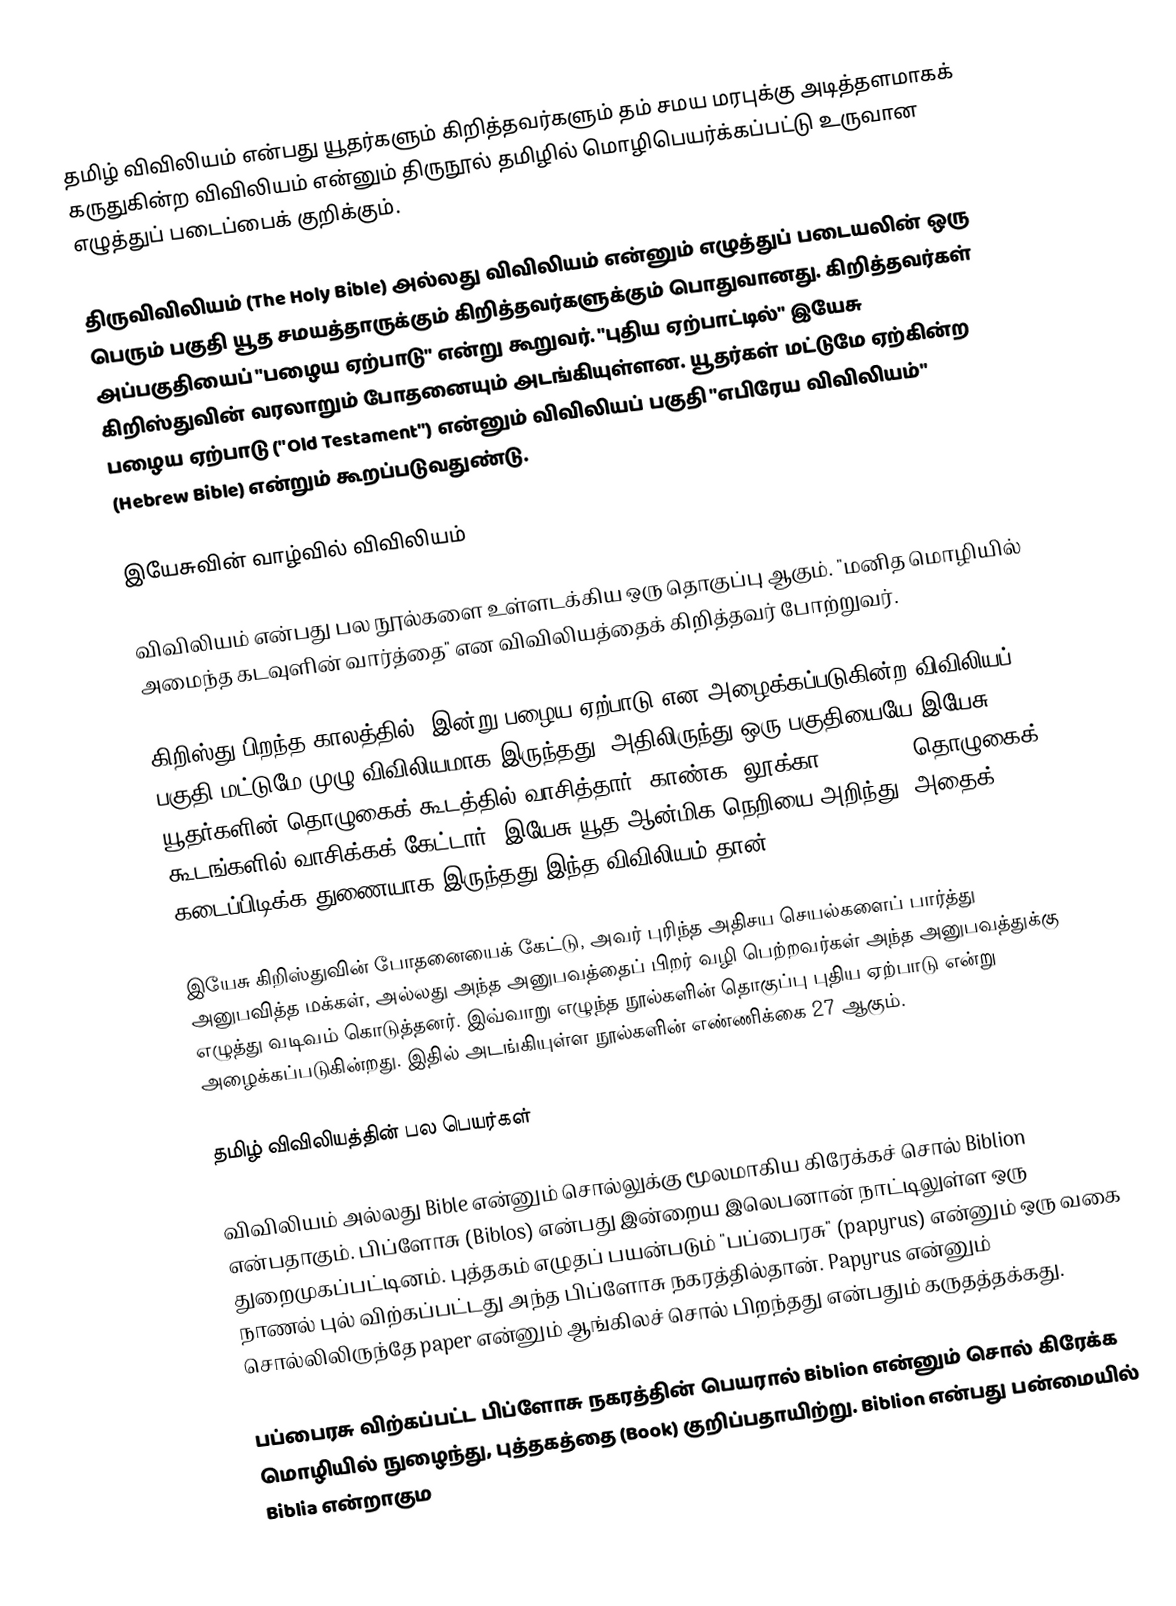
தமிழ் விவிலியம் என்பது யூதர்களும் கிறித்தவர்களும் தம் சமய மரபுக்கு அடித்தளமாகக் கருதுகின்ற விவிலியம் என்னும் திருநூல் தமிழில் மொழிபெயர்க்கப்பட்டு உருவான எழுத்துப் படைப்பைக் குறிக்கும்.

திருவிவிலியம் (The Holy Bible) அல்லது விவிலியம் என்னும் எழுத்துப் படையலின் ஒரு பெரும் பகுதி யூத சமயத்தாருக்கும் கிறித்தவர்களுக்கும் பொதுவானது. கிறித்தவர்கள் அப்பகுதியைப் "பழைய ஏற்பாடு" என்று கூறுவர். "புதிய ஏற்பாட்டில்" இயேசு கிறிஸ்துவின் வரலாறும் போதனையும் அடங்கியுள்ளன. யூதர்கள் மட்டுமே ஏற்கின்ற பழைய ஏற்பாடு ("Old Testament") என்னும் விவிலியப் பகுதி "எபிரேய விவிலியம்" (Hebrew Bible) என்றும் கூறப்படுவதுண்டு.

இயேசுவின் வாழ்வில் விவிலியம்

விவிலியம் என்பது பல நூல்களை உள்ளடக்கிய ஒரு தொகுப்பு ஆகும். "மனித மொழியில் அமைந்த கடவுளின் வார்த்தை" என விவிலியத்தைக் கிறித்தவர் போற்றுவர்.

கிறிஸ்து பிறந்த காலத்தில், இன்று பழைய ஏற்பாடு என அழைக்கப்படுகின்ற விவிலியப் பகுதி மட்டுமே முழு விவிலியமாக இருந்தது. அதிலிருந்து ஒரு பகுதியையே இயேசு யூதர்களின் தொழுகைக் கூடத்தில் வாசித்தார் (காண்க: லூக்கா 4:16-28); தொழுகைக் கூடங்களில் வாசிக்கக் கேட்டார். இயேசு யூத ஆன்மிக நெறியை அறிந்து, அதைக் கடைப்பிடிக்க துணையாக இருந்தது இந்த விவிலியம் தான்.

இயேசு கிறிஸ்துவின் போதனையைக் கேட்டு, அவர் புரிந்த அதிசய செயல்களைப் பார்த்து அனுபவித்த மக்கள், அல்லது அந்த அனுபவத்தைப் பிறர் வழி பெற்றவர்கள் அந்த அனுபவத்துக்கு எழுத்து வடிவம் கொடுத்தனர். இவ்வாறு எழுந்த நூல்களின் தொகுப்பு புதிய ஏற்பாடு என்று அழைக்கப்படுகின்றது. இதில் அடங்கியுள்ள நூல்களின் எண்ணிக்கை 27 ஆகும்.

தமிழ் விவிலியத்தின் பல பெயர்கள்

விவிலியம் அல்லது Bible என்னும் சொல்லுக்கு மூலமாகிய கிரேக்கச் சொல் Biblion என்பதாகும். பிப்ளோசு (Biblos) என்பது இன்றைய இலெபனான் நாட்டிலுள்ள ஒரு துறைமுகப்பட்டினம். புத்தகம் எழுதப் பயன்படும் "பப்பைரசு" (papyrus) என்னும் ஒரு வகை நாணல் புல் விற்கப்பட்டது அந்த பிப்ளோசு நகரத்தில்தான். Papyrus என்னும் சொல்லிலிருந்தே paper என்னும் ஆங்கிலச் சொல் பிறந்தது என்பதும் கருதத்தக்கது.

பப்பைரசு விற்கப்பட்ட பிப்ளோசு நகரத்தின் பெயரால் Biblion என்னும் சொல் கிரேக்க மொழியில் நுழைந்து, புத்தகத்தை (Book) குறிப்பதாயிற்று. Biblion என்பது பன்மையில் Biblia என்றாகும